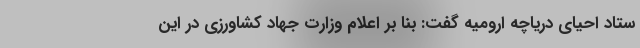
ستاد احیای دریاچه ارومیه گفت: بنا بر اعلام وزارت جهاد کشاورزی در این